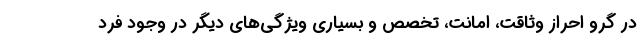
در گرو احراز وثاقت، امانت، تخصص و بسیاری ویژگی‌های دیگر در وجود فرد